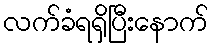
လက်ခံရရှိပြီးနောက်